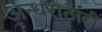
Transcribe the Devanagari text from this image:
अन्धराठाढी